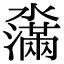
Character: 濷